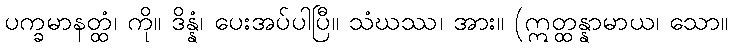
ပက္ခမာနတ္ထံ၊ ကို။ ဒိန္နံ၊ ပေးအပ်ပါပြီ။ သံဃဿ၊ အား။ (ဣတ္ထန္နာမာယ၊ သော။